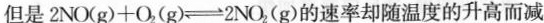
但是$$2 N O ( g ) + O _ { 2 } ( g ) \rightleftharpoons 2 N O _ { 2 } ( g )$$的速率却随温度的升高而减